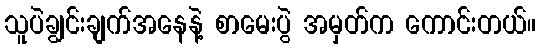
သူပဲချွင်းချက်အနေနဲ့ စာမေးပွဲ အမှတ်က ကောင်းတယ်။